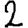
Digit: 2